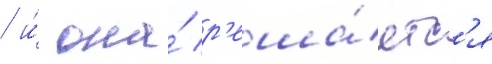
/ и́ она́ р'еша́етс'я